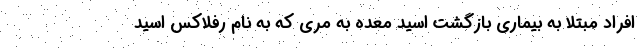
افراد مبتلا به بیماری بازگشت اسید معده به مری که به نام رفلاکس اسید